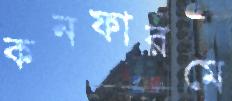
কনফারমে